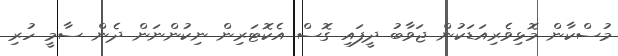
މުސްކާން މޮޅިވެރިއަޑަކުން ޖަވާބު ދީފައި ގޮސް އެކޮޓަރިން ނިކުންނަން ދެން ސާމީ ހުރި